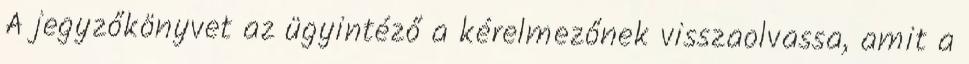
A jegyzőkönyvet az ügyintéző a kérelmezőnek visszaolvassa, amit a